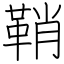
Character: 鞘